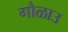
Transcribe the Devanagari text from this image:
गौळाउ